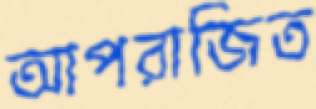
আপরাজিত